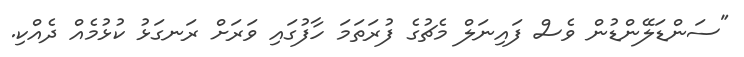
"ސަންޑަލޭންޑުން ވެސް ފައިނަލް މެޗުގެ ފުރަތަމަ ހާފުގައި ވަރަށް ރަނގަޅު ކުޅުމެއް ދެއްކި.